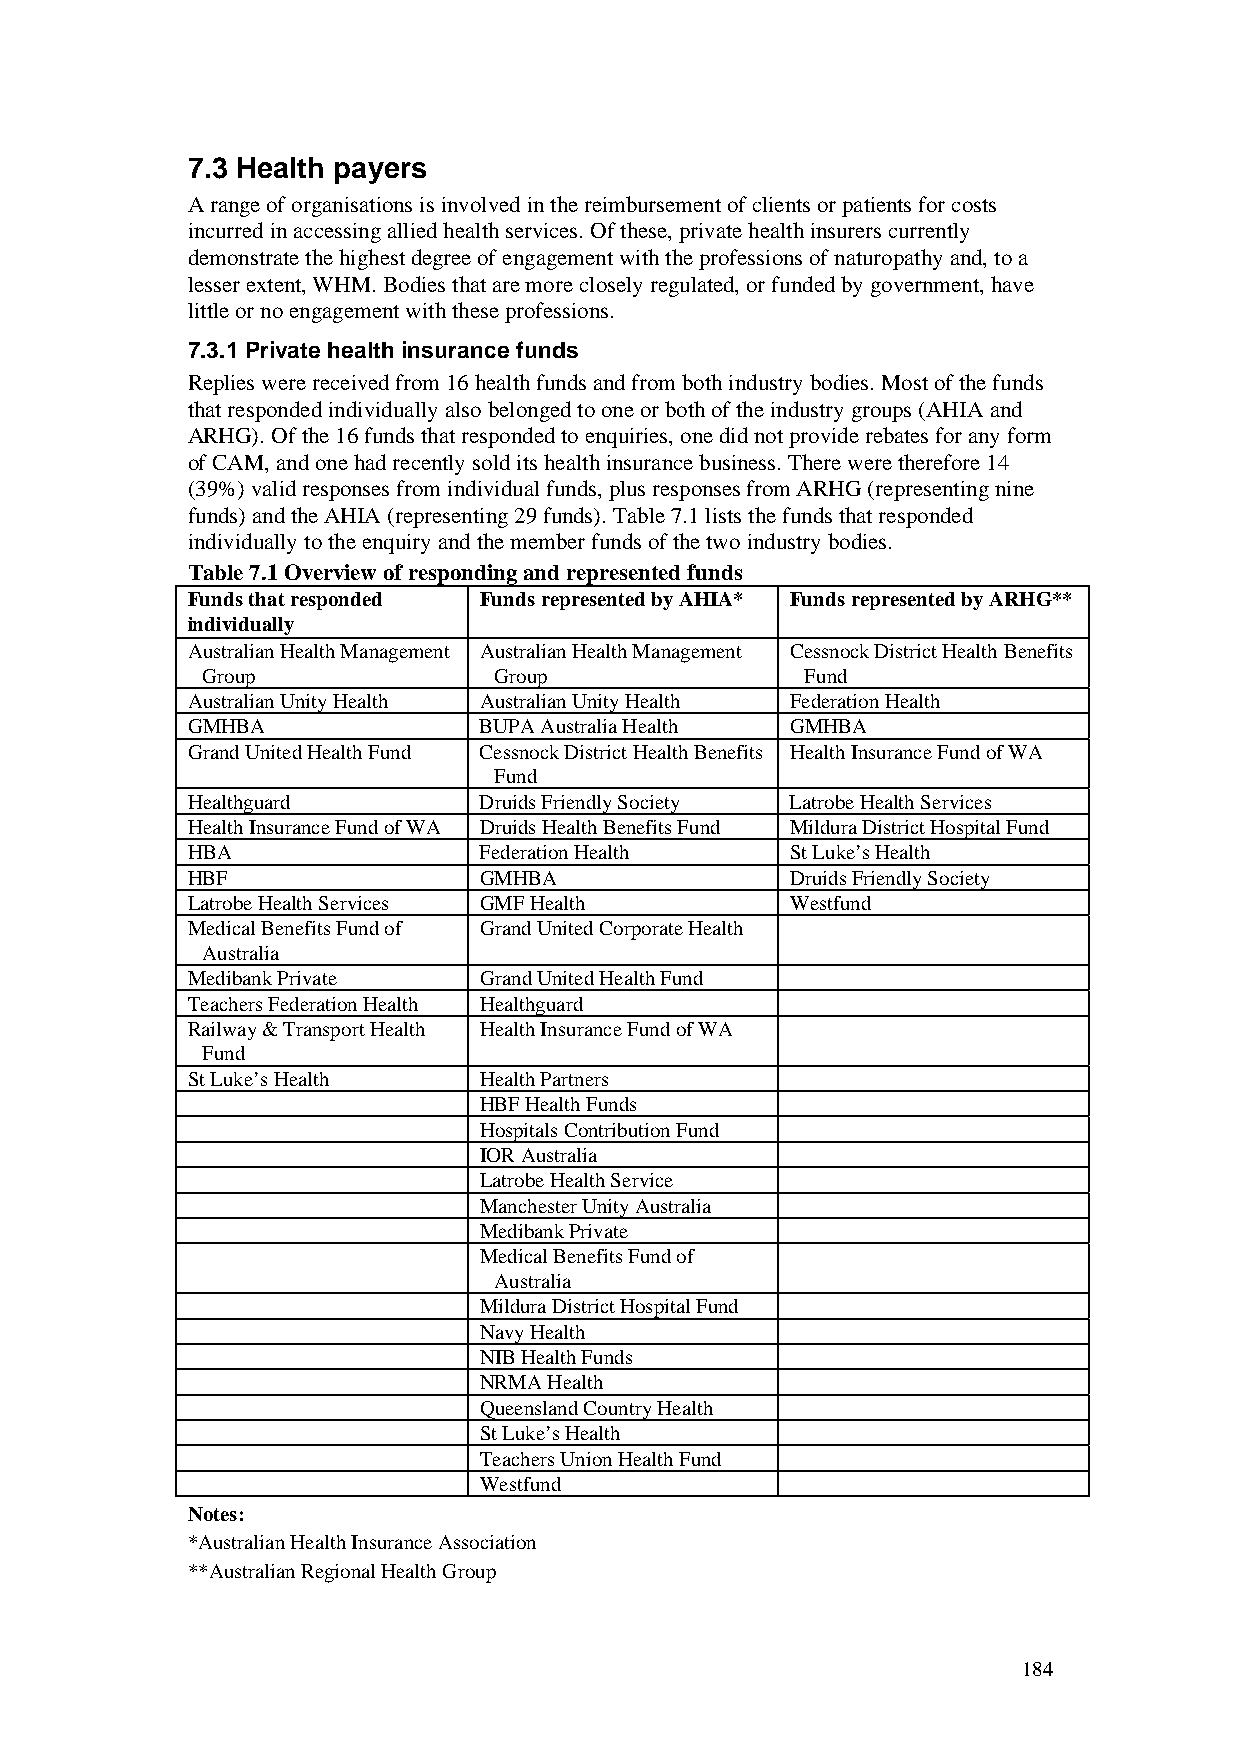
7.3 Health payers
 A range of organisations is involved in the reimbursement of clients or patients for costs
 incurred in accessing allied health services. Of these, private health insurers currently
 demonstrate the highest degree of engagement with the professions of naturopathy and, to a
 lesser extent, WHM. Bodies that are more closely regulated, or funded by government, have
 little or no engagement with these professions.
 7.3.1 Private health insurance funds
 Replies were received from 16 health funds and from both industry bodies. Most of the funds
 that responded individually also belonged to one or both of the industry groups (AHIA and
 ARHG). Of the 16 funds that responded to enquiries, one did not provide rebates for any form
 of CAM, and one had recently sold its health insurance business. There were therefore 14
 (39%) valid responses from individual funds, plus responses from ARHG (representing nine
 funds) and the AHIA (representing 29 funds). Table 7.1 lists the funds that responded
 individually to the enquiry and the member funds of the two industry bodies.
 Table 7.1 Overview of responding and represented funds
 Funds that responded Funds represented by AHIA* Funds represented by ARHG**
 individually
 Australian Health Management Australian Health Management Cessnock District Health Benefits
 Group               Group               Fund
 Australian Unity Health Australian Unity Health Federation Health
 GMHBA               BUPA Australia Health GMHBA
 Grand United Health Fund Cessnock District Health Benefits Health Insurance Fund of WA
 Fund
 Healthguard         Druids Friendly Society Latrobe Health Services
 Health Insurance Fund of WA Druids Health Benefits Fund Mildura District Hospital Fund
 HBA                 Federation Health   St Luke’s Health
 HBF                 GMHBA               Druids Friendly Society
 Latrobe Health Services GMF Health      Westfund
 Medical Benefits Fund of Grand United Corporate Health
 Australia
 Medibank Private    Grand United Health Fund
 Teachers Federation Health Healthguard
 Railway & Transport Health Health Insurance Fund of WA
 Fund
 St Luke’s Health    Health Partners
 HBF Health Funds
 Hospitals Contribution Fund
 IOR Australia
 Latrobe Health Service
 Manchester Unity Australia
 Medibank Private
 Medical Benefits Fund of
 Australia
 Mildura District Hospital Fund
 Navy Health
 NIB Health Funds
 NRMA Health
 Queensland Country Health
 St Luke’s Health
 Teachers Union Health Fund
 Westfund
 Notes:
 *Australian Health Insurance Association
 **Australian Regional Health Group
 184